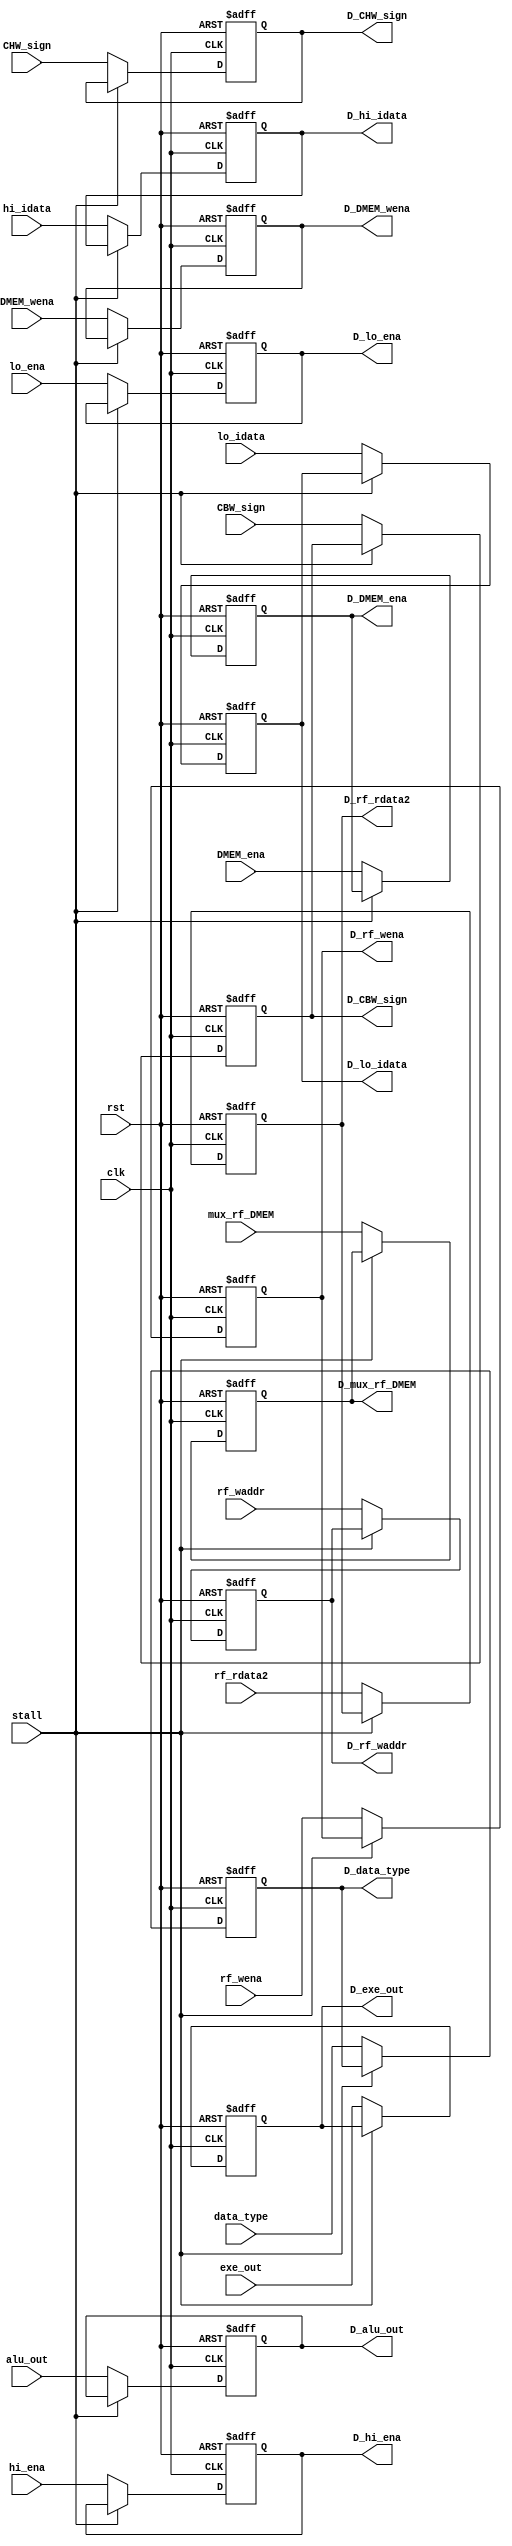
`timescale 1ns/1ps
module PipeEMreg(
    input clk,
    input rst,
    input stall,
    input DMEM_ena,
    input DMEM_wena,
    input [3:0] data_type,
    input CBW_sign,
    input CHW_sign,
    input mux_rf_DMEM,
    input [31:0] rf_rdata2,
    input rf_wena,
    input [4:0] rf_waddr,
    input hi_ena,
    input [31:0] hi_idata,
    input lo_ena,
    input [31:0] lo_idata,
    input [31:0] alu_out,
    input [31:0] exe_out,
    output reg D_DMEM_ena,
    output reg D_DMEM_wena,
    output reg [3:0] D_data_type, 
    output reg D_CBW_sign,
    output reg D_CHW_sign,
    output reg D_mux_rf_DMEM,
    output reg [31:0] D_rf_rdata2,
    output reg D_rf_wena,
    output reg [4:0] D_rf_waddr,
    output reg D_hi_ena,
    output reg [31:0] D_hi_idata,
    output reg D_lo_ena,
    output reg [31:0] D_lo_idata,
    output reg [31:0] D_alu_out,
    output reg [31:0] D_exe_out
);
    always@(posedge clk or posedge rst)
    begin
        if(rst)
        begin
            D_DMEM_ena<=0;
            D_DMEM_wena<=0;
            D_data_type<=4'b0;
            D_CBW_sign<=1'b0;
            D_CHW_sign<=1'b0;
            D_mux_rf_DMEM<=1'b0;
            D_rf_rdata2<=32'b0;
            D_rf_wena<=0;
            D_rf_waddr<=5'b0;
            D_hi_ena<=0;
            D_hi_idata<=32'b0;
            D_lo_ena<=0;
            D_lo_idata<=32'b0;
            D_alu_out<=32'b0;
            D_exe_out<=32'b0;
        end
        else if(~stall)
        begin
            D_DMEM_ena<=DMEM_ena;
            D_DMEM_wena<=DMEM_wena;
            D_data_type<=data_type;
            D_CBW_sign<=CBW_sign;
            D_CHW_sign<=CHW_sign;
            D_mux_rf_DMEM<=mux_rf_DMEM;
            D_rf_rdata2<=rf_rdata2;
            D_rf_wena<=rf_wena;
            D_rf_waddr<=rf_waddr;
            D_hi_ena<=hi_ena;
            D_hi_idata<=hi_idata;
            D_lo_ena<=lo_ena;
            D_lo_idata<=lo_idata;
            D_alu_out<=alu_out;
            D_exe_out<=exe_out;
        end
    end
endmodule